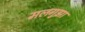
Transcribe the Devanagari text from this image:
मलगुझा